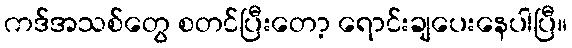
ကဒ်အသစ်တွေ စတင်ပြီးတော့ ရောင်းချပေးနေပါပြီ။